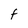
Character: F